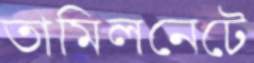
তামিলনেটে